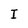
Character: I